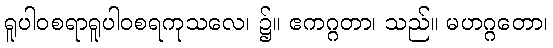
ရူပါဝစရာရူပါဝစရကုသလေ၊ ၌။ ဧကဂ္ဂတာ၊ သည်။ မဟဂ္ဂတော၊